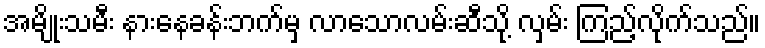
အမျိုးသမီး နားနေခန်းဘက်မှ လာသောလမ်းဆီသို့ လှမ်း ကြည့်လိုက်သည်။